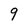
Character: 9